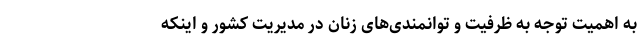
به اهمیت توجه به ظرفیت و توانمندی‌های زنان در مدیریت کشور و اینکه